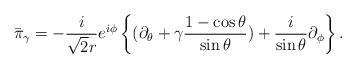
LaTeX: \begin{align*}\bar{\pi}_{\gamma}=-\frac{i}{\sqrt{2}r}e^{i\phi}\left\{(\partial_{\theta}+\gamma\frac{1-\cos\theta}{\sin\theta})+\frac{i}{\sin\theta}\partial_{\phi}\right\}.\end{align*}